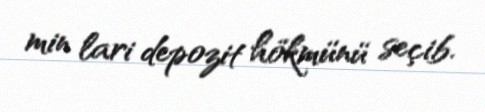
min lari depozit hökmünü seçib.